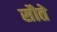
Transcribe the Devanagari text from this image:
सौते